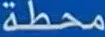
محطة